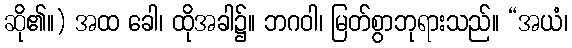
ဆို၏။) အထ ခေါ၊ ထိုအခါ၌။ ဘဂဝါ၊ မြတ်စွာဘုရားသည်။ “အယံ၊